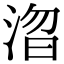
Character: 㳷